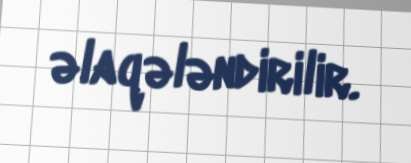
əlaqələndirilir.